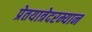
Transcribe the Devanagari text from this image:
प्रेतयात्रेदरम्यान